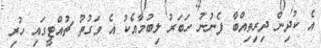
އެ ކުދިން ދިރިތިއްބާ ފެނުނު ހަބަރު ލިބުމާއެކު އެ ވަގުތު ޗުއްޓީގައި ހުރި